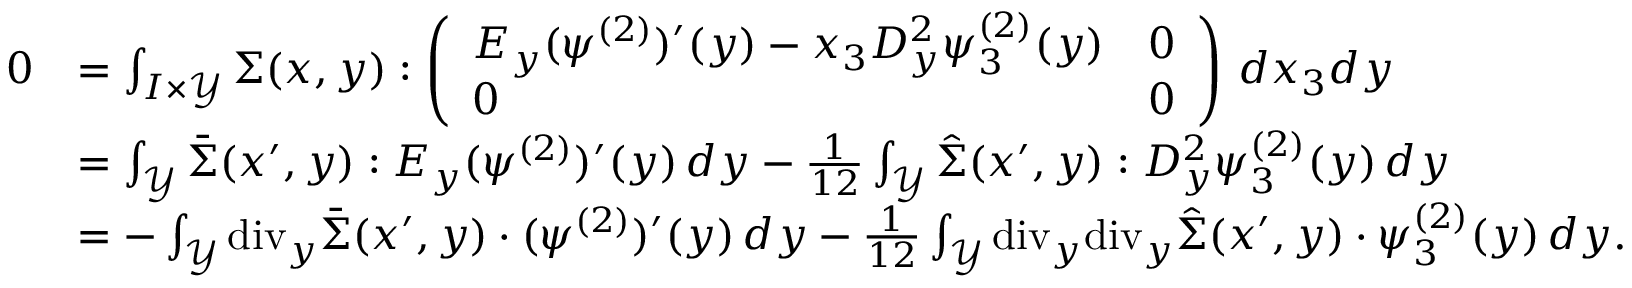
\begin{array} { r l } { 0 } & { = \int _ { I \times \mathcal { Y } } \Sigma ( x , y ) : \left( \begin{array} { l l } { E _ { y } ( \psi ^ { ( 2 ) } ) ^ { \prime } ( y ) - x _ { 3 } D _ { y } ^ { 2 } \psi _ { 3 } ^ { ( 2 ) } ( y ) } & { 0 } \\ { 0 } & { 0 } \end{array} \right) \, d x _ { 3 } d y } \\ & { = \int _ { \mathcal { Y } } \bar { \Sigma } ( x ^ { \prime } , y ) : E _ { y } ( \psi ^ { ( 2 ) } ) ^ { \prime } ( y ) \, d y - \frac { 1 } { 1 2 } \int _ { \mathcal { Y } } \hat { \Sigma } ( x ^ { \prime } , y ) : D _ { y } ^ { 2 } \psi _ { 3 } ^ { ( 2 ) } ( y ) \, d y } \\ & { = - \int _ { \mathcal { Y } } \mathrm { d i v } _ { y } \bar { \Sigma } ( x ^ { \prime } , y ) \cdot ( \psi ^ { ( 2 ) } ) ^ { \prime } ( y ) \, d y - \frac { 1 } { 1 2 } \int _ { \mathcal { Y } } \mathrm { d i v } _ { y } \mathrm { d i v } _ { y } \hat { \Sigma } ( x ^ { \prime } , y ) \cdot \psi _ { 3 } ^ { ( 2 ) } ( y ) \, d y . } \end{array}